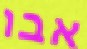
אבו